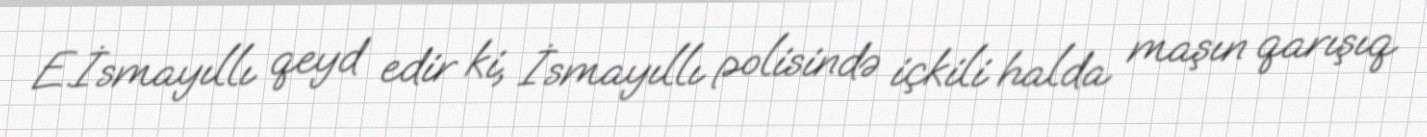
E.İsmayıllı qeyd edir ki, İsmayıllı polisində içkili halda maşın qarışıq